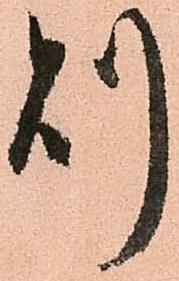
則